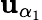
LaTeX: \mathbf{u}_{\alpha_{1}}